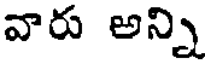
వారు అన్ని